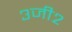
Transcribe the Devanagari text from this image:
३जी२